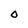
Character: O